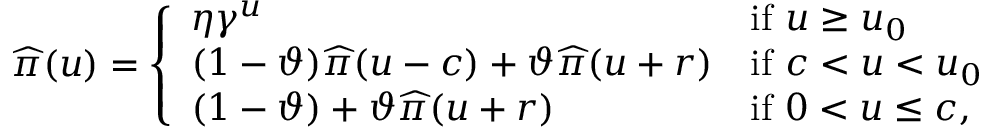
\widehat { \pi } ( u ) = \left\{ \begin{array} { l l } { \eta \gamma ^ { u } } & { \mathrm { i f ~ } u \geq u _ { 0 } } \\ { ( 1 - \vartheta ) \widehat { \pi } ( u - c ) + \vartheta \widehat { \pi } ( u + r ) } & { \mathrm { i f ~ } c < u < u _ { 0 } } \\ { ( 1 - \vartheta ) + \vartheta \widehat { \pi } ( u + r ) } & { \mathrm { i f ~ } 0 < u \leq c , } \end{array} \right.